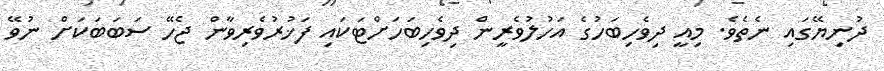
ދުނިޔޭގައި ނެތެވެ. މިއީ ދިވެހިބަހުގެ އަހުލުވެރީން ދިވެހިބަހަށްޓަކައި ފަޚުރުވެރިވާން ޖެހޭ ސަބަބަކަށް ނުވޭ